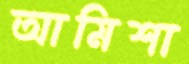
আমিশা